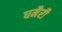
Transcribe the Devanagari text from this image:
घमैरी